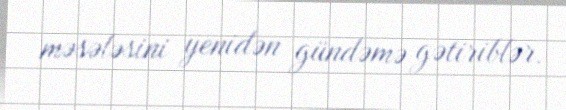
məsələsini yenidən gündəmə gətiriblər.